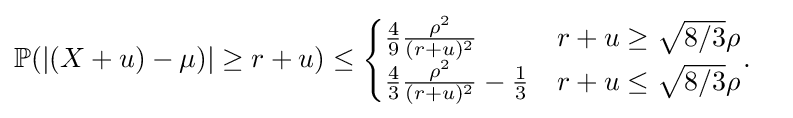
{\begin{aligned}\mathbb {P} (|(X+u)-\mu )|\geq r+u)&\leq {\begin{cases}{\frac {4}{9}}{\frac {\rho ^{2}}{(r+u)^{2}}}&r+u\geq {\sqrt {8/3}}\rho \\{\frac {4}{3}}{\frac {\rho ^{2}}{(r+u)^{2}}}-{\frac {1}{3}}&r+u\leq {\sqrt {8/3}}\rho \end{cases}}.\end{aligned}}